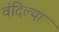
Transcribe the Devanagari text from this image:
वंदिल्या